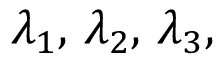
\lambda _ { 1 } , \, \lambda _ { 2 } , \, \lambda _ { 3 } ,